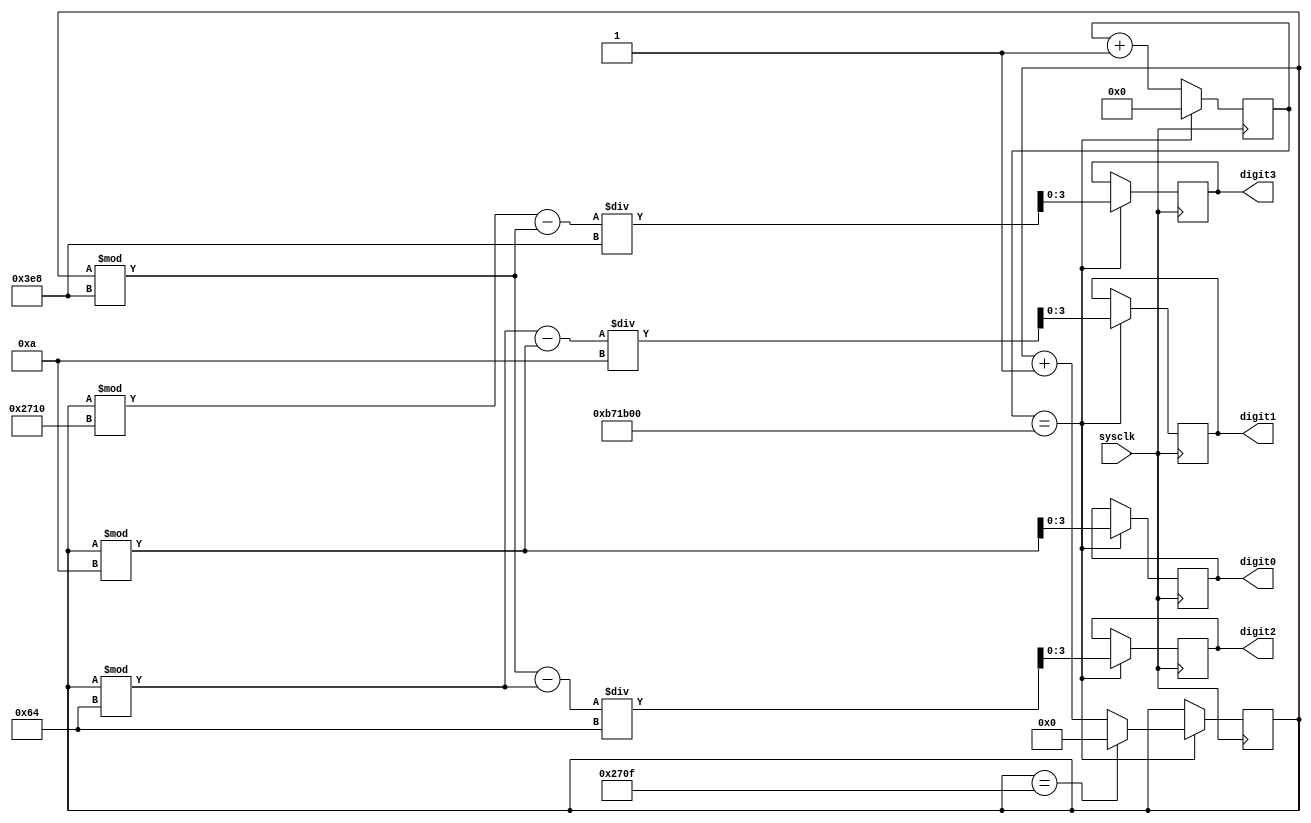
`timescale 1ns / 1ps

module counter(
    input sysclk,
    output reg [3:0] digit0=0,
    output reg [3:0] digit1=0,
    output reg [3:0] digit2=0,
    output reg [3:0] digit3=0
    );
    
    parameter step_time = 12000000;
    reg [23:0] step_counter = 0;
    reg [13:0] number = 0;
    
    always @(posedge sysclk) begin
        if (step_counter == step_time) begin
            step_counter <= 0;
            if (number == 9999) number <= 0;
            else number <= number + 1;
            digit0 <= number%10;                          
            digit1 <= (number%100 - number%10) / 10;      
            digit2 <= (number%1000 - number%100) / 100;   
            digit3 <= (number%10000 - number%1000) / 1000;
        end
        else step_counter <= step_counter+1;
    end
    
endmodule